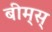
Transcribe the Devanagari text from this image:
बीम्‌स्‌